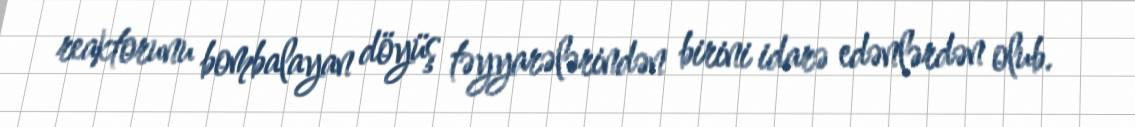
reaktorunu bombalayan döyüş təyyarələrindən birini idarə edənlərdən olub.